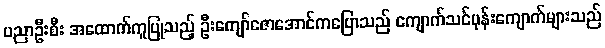
ပညာဦးစီး အထောက်ကူပြုသည့် ဦးကျော်ဇောအောင်ကပြောသည် ကျောက်သင်ပုန်းကျောက်များသည်